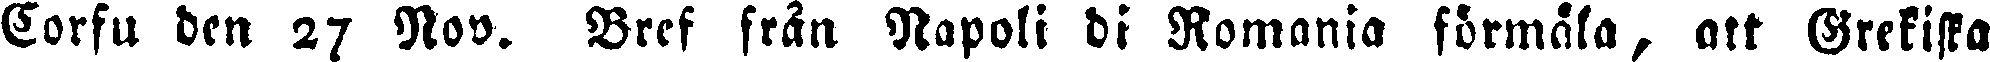
Corfu den 27 Nov. Brcf från Napoli di Romania förmäla, att Grekiska